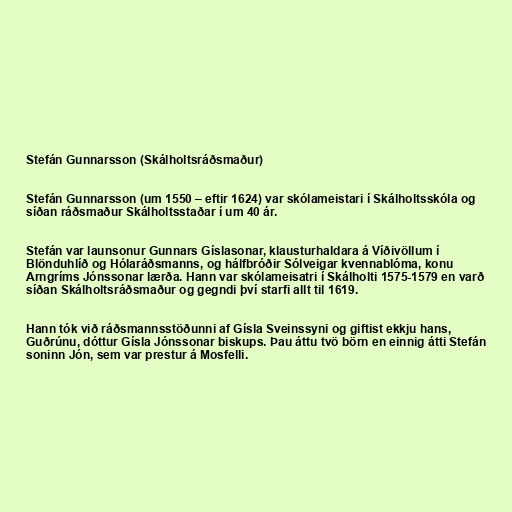
Stefán Gunnarsson (Skálholtsráðsmaður)

Stefán Gunnarsson (um 1550 – eftir 1624) var skólameistari í Skálholtsskóla og
síðan ráðsmaður Skálholtsstaðar í um 40 ár.

Stefán var launsonur Gunnars Gíslasonar, klausturhaldara á Víðivöllum í
Blönduhlíð og Hólaráðsmanns, og hálfbróðir Sólveigar kvennablóma, konu
Arngríms Jónssonar lærða. Hann var skólameisatri í Skálholti 1575-1579 en varð
síðan Skálholtsráðsmaður og gegndi því starfi allt til 1619.

Hann tók við ráðsmannsstöðunni af Gísla Sveinssyni og giftist ekkju hans,
Guðrúnu, dóttur Gísla Jónssonar biskups. Þau áttu tvö börn en einnig átti Stefán
soninn Jón, sem var prestur á Mosfelli.